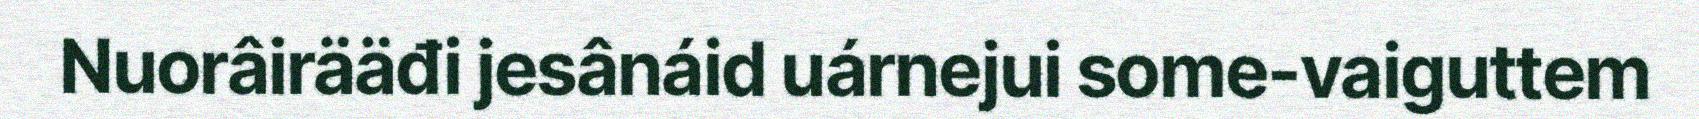
Nuorâirääđi jesânáid uárnejui some-vaiguttem